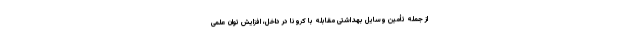
از جمله تأمین وسایل بهداشتی مقابله با کرونا در داخل، افزایش توان علمی